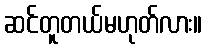
ဆင်တူတယ်မဟုတ်လား။